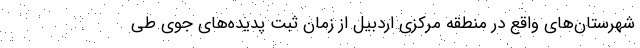
شهرستان‌های واقع در منطقه مرکزی اردبیل از زمان ثبت پدیده‌های جوی طی